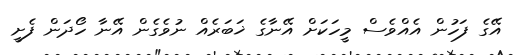
އޭގެ ފަހުން އެއްވެސް މީހަކަށް އޭނާގެ ޚަބަރެއް ނުވެގެން އޭނާ ހޯދަން ފެށީ